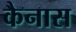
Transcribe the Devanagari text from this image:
कैनास